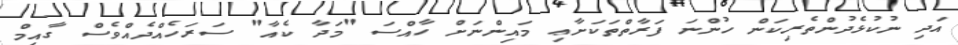
އަދި ނުކުޅެދުންތެރިކަން ހުންނަ ފަރާތްތަކަށާޢި މައިންނަށް ހާއްސަ "މަދާ ކެއާ" ސަރަހެއްދެއްވެސް ގާއިމް